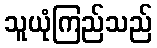
သူယုံကြည်သည်